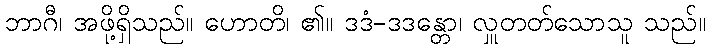
ဘာဂီ၊ အဖို့ရှိသည်။ ဟောတိ၊ ၏။ ဒဒံ-ဒဒန္တော၊ လှူတတ်သောသူ သည်။